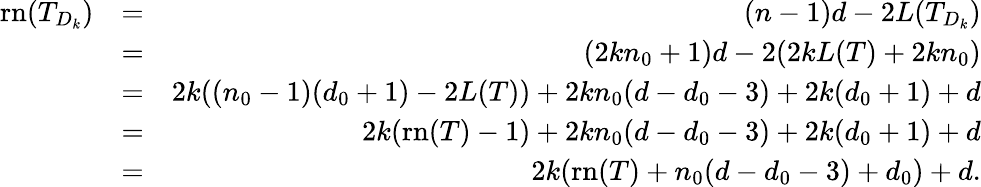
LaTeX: \begin{array}{rlr}{\mathrm{rn}(T_{D_{k}})}&{=}&{(n-1)d-2L(T_{D_{k}})}\\ &{=}&{(2kn_{0}+1)d-2(2kL(T)+2kn_{0})}\\ &{=}&{2k((n_{0}-1)(d_{0}+1)-2L(T))+2kn_{0}(d-d_{0}-3)+2k(d_{0}+1)+d}\\ &{=}&{2k(\mathrm{rn}(T)-1)+2kn_{0}(d-d_{0}-3)+2k(d_{0}+1)+d}\\ &{=}&{2k(\mathrm{rn}(T)+n_{0}(d-d_{0}-3)+d_{0})+d.}\end{array}